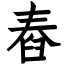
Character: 舂